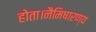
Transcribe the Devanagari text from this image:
होता।नैमिषारण्य